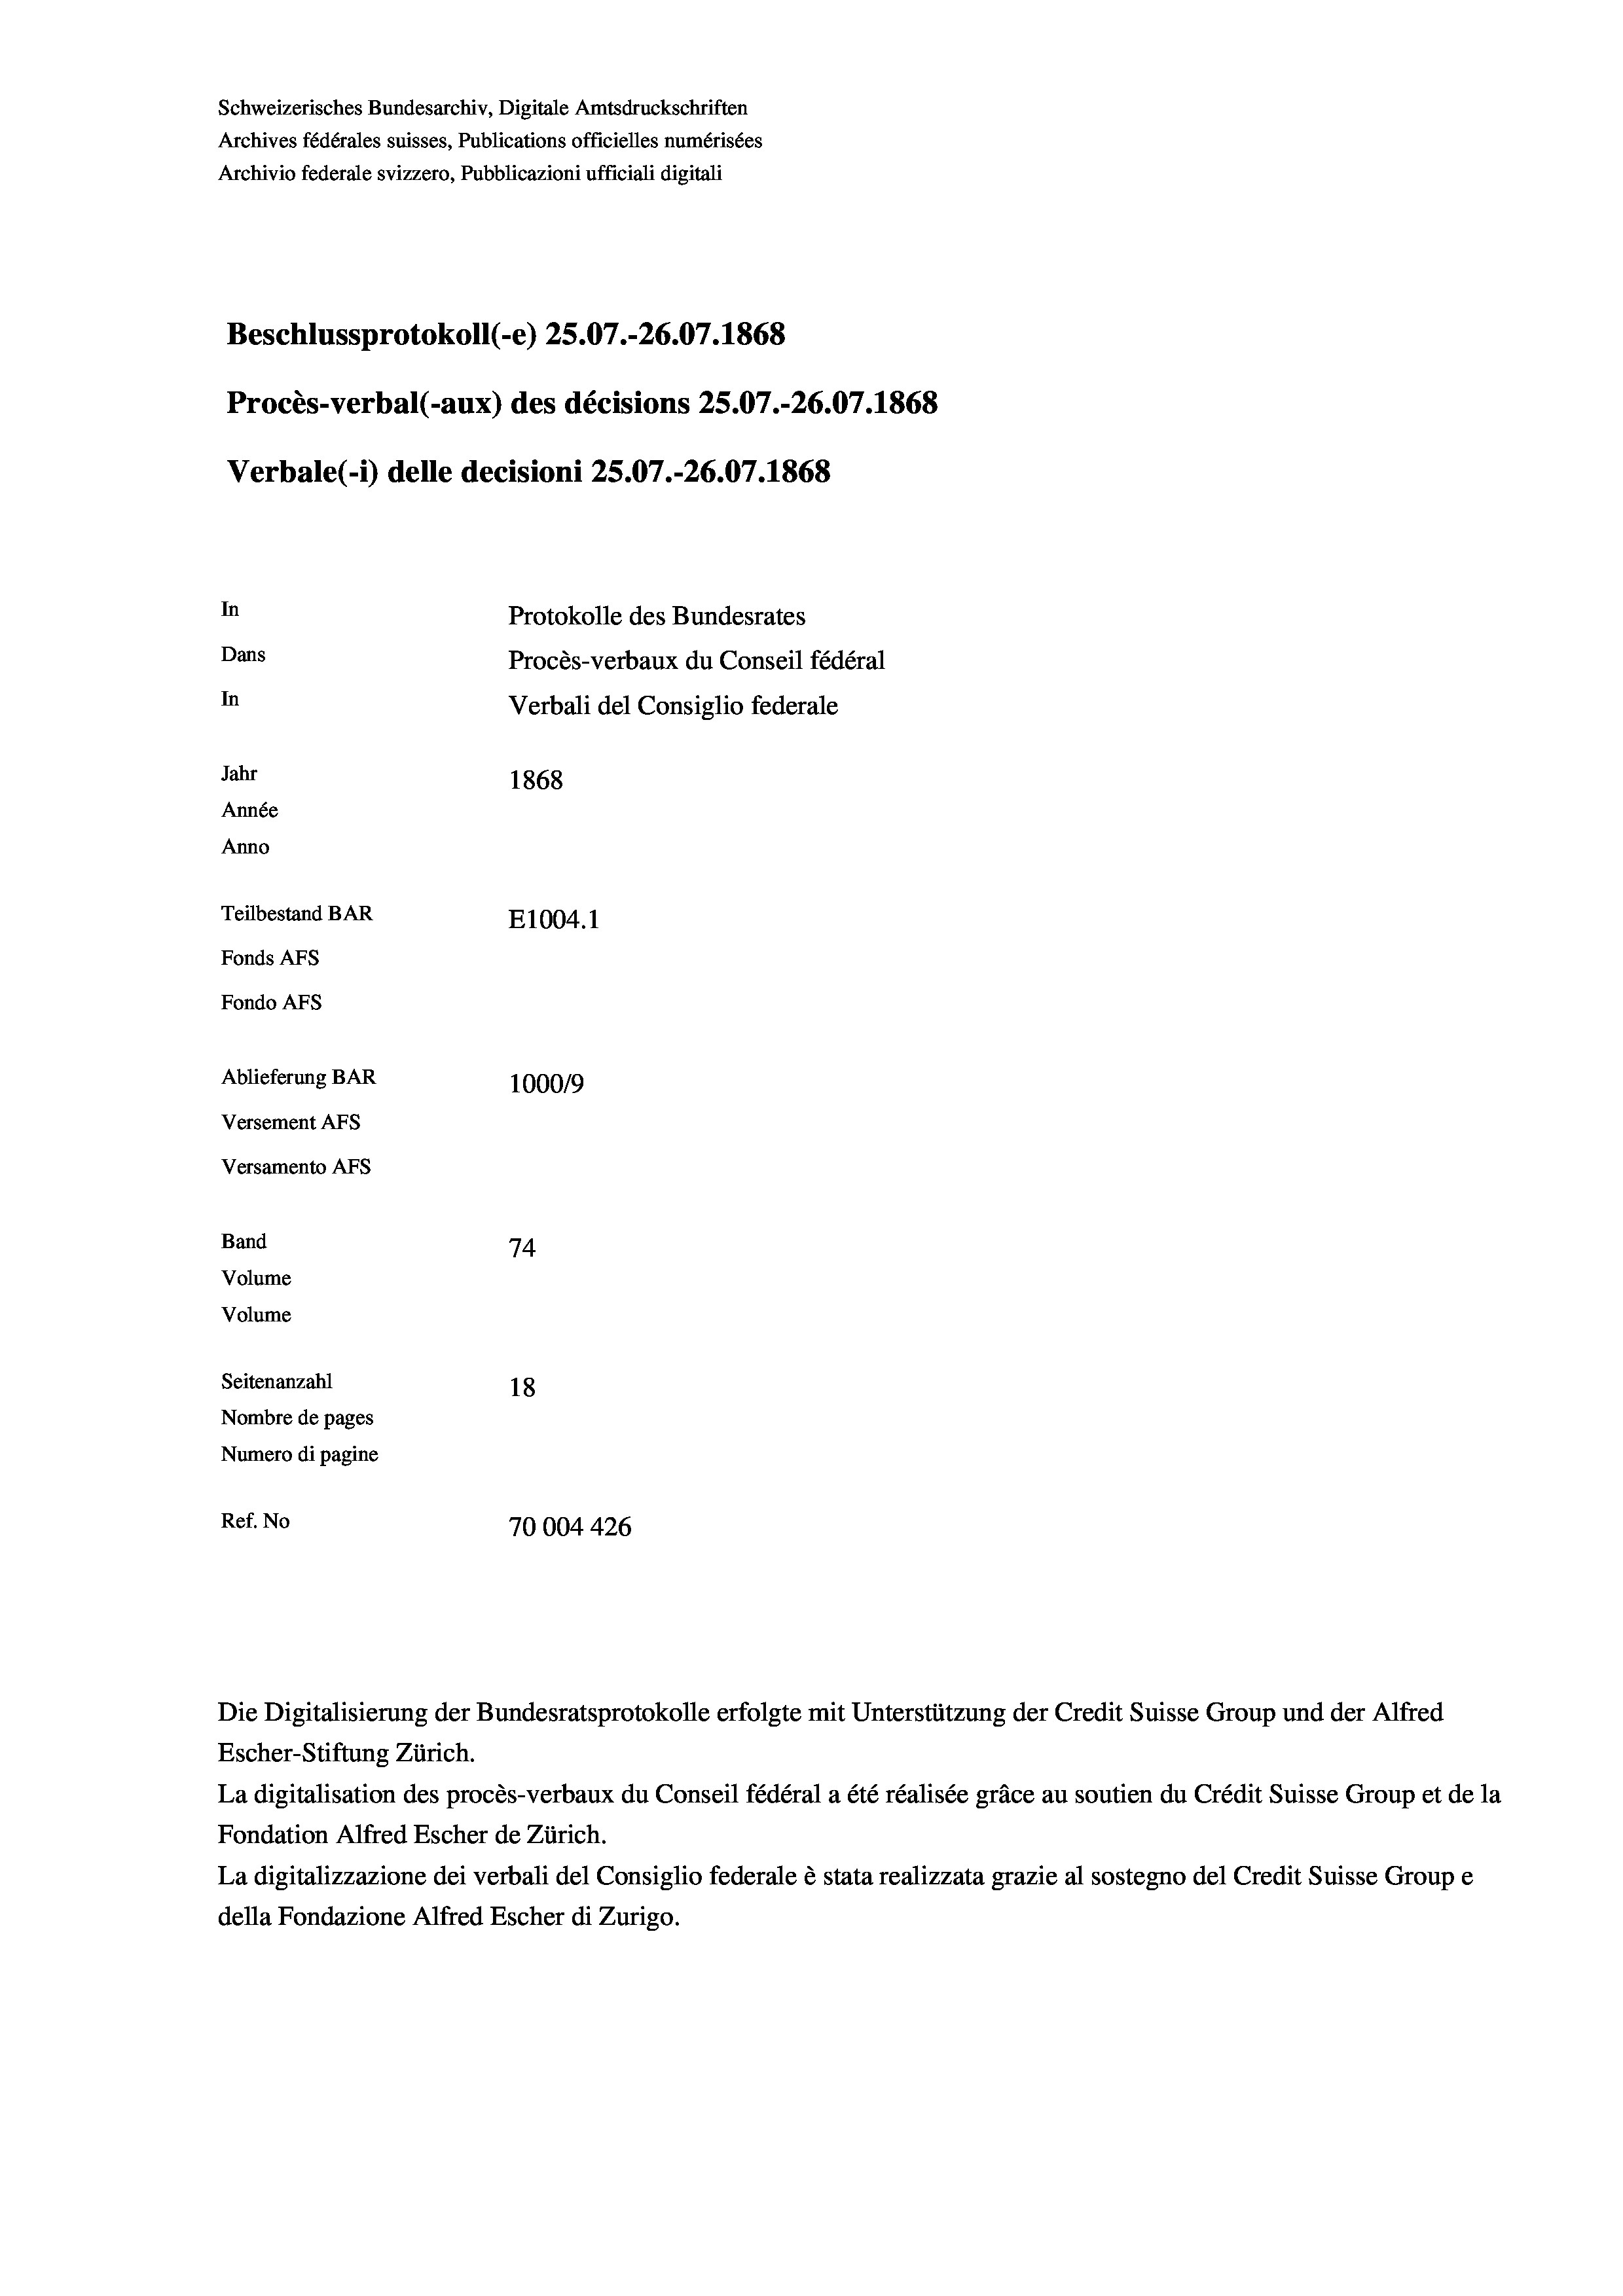
Schweizerisches Bundesarchiv, Digitale Amtsdruckschriften
Archives fédérales suisses, Publications officielles numérisées
Archivio federale svizzero, Pubblicazioni ufficiali digitali
Beschlussprotokoll (-e) 25.07.-26.07. 1868
Procès-verbal (-aux) des décisions 25.07.-26.07. 1868
Verbale (- 1) delle decisioni 25.07.-26.07. 1868
In
Protokolle des Bundesrates
Dans
Procès-verbaux du Conseil fédéral
In
Verbali del Consiglio federale
Jahr
1868
Année
Anno
Teilbestand BAR
E1004. 1
Fonds AFs
Fondo Afs
Ablieferung BAR
100019
Versement Ans
Versamento Afs

74
Volume
Volume
Seitenanzahl
18
Nombre de pages
Numero di pagine
Ref. No
70004 426

Band

Die Digitalisierung der Bundesratsprotokolle erfolgte mit Unterstützung der Credit Suisse Group und der Alfred
Escher-Stiftung Zürich.
La digitalisation des procès-verbaux du Conseil fédéral a été réalisée gräce au soutien du Crédit Suisse Group et de la
Fondation Alfred Escher de Zürich.
La digitalizzazione dei verbali del Consiglio federale è stata realizzata grazie al sostegno del Credit Suisse Groupe
della Fondazione Alfred Escher di Zurigo.